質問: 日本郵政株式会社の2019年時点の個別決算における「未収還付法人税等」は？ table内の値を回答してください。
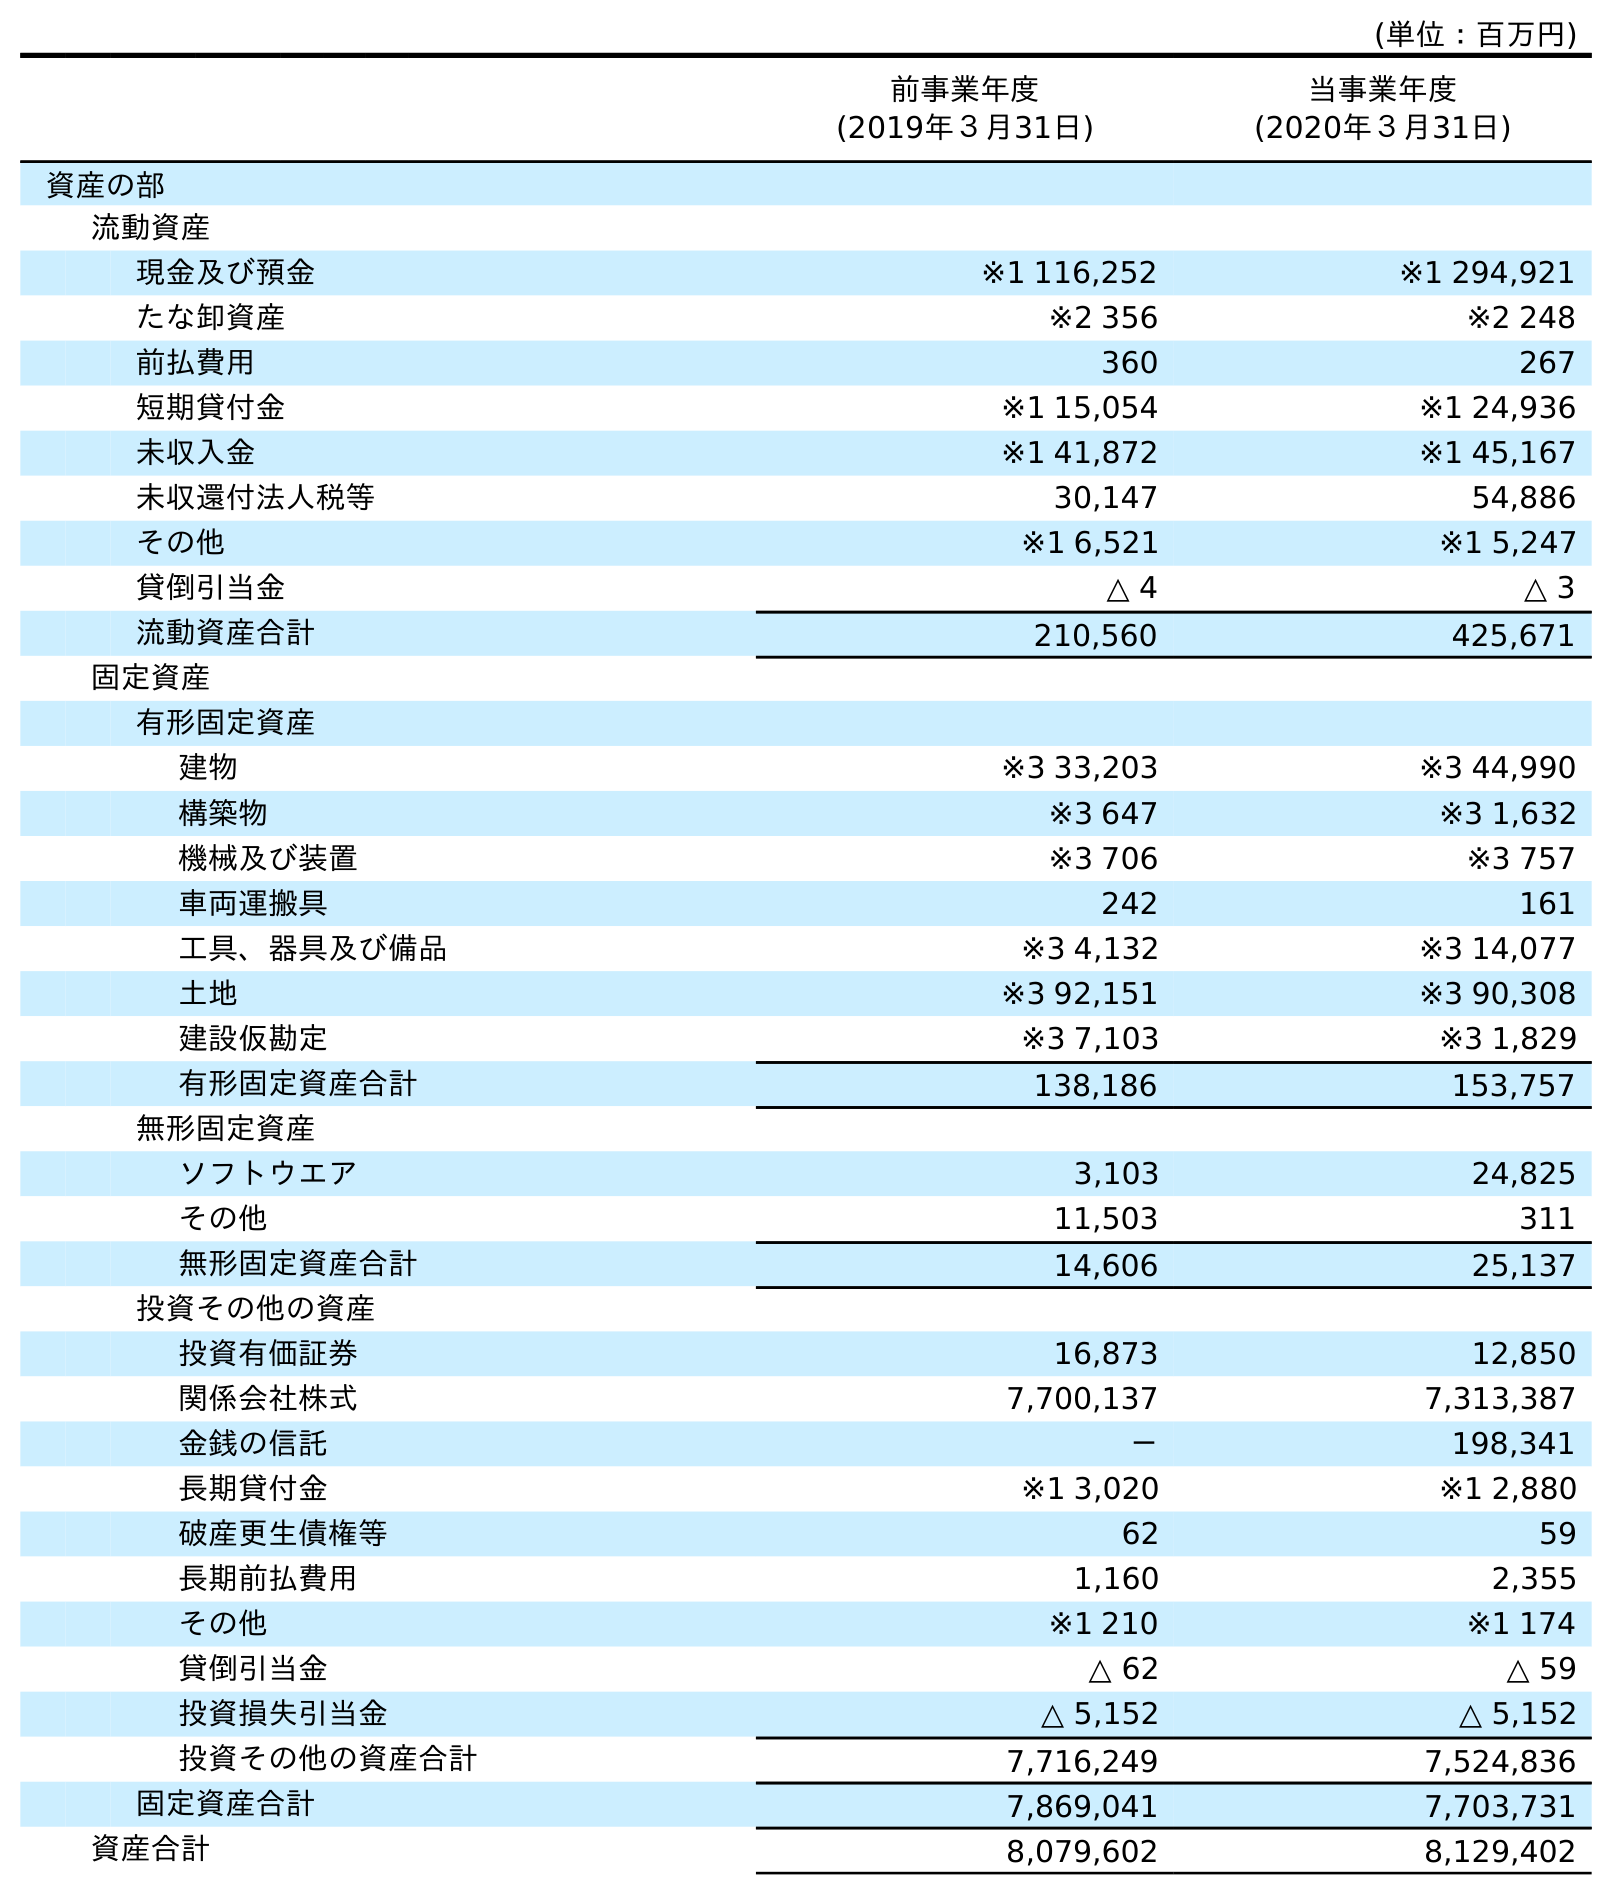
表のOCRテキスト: (単位：百万円) 前事業年度 (2019年３月31日) 当事業年度 (2020年３月31日) 資産の部 流動資産 現金及び預金 ※1 116,252 ※1 294,921 たな卸資産 ※2 356 ※2 248 前払費用 360 267 短期貸付金 ※1 15,054 ※1 24,936 未収入金 ※1 41,872 ※1 45,167 未収還付法人税等 30,147 54,886 その他 ※1 6,521 ※1 5,247 貸倒引当金 △ 4 △ 3 流動資産合計 210,560 425,671 固定資産 有形固定資産 建物 ※3 33,203 ※3 44,990 構築物 ※3 647 ※3 1,632 機械及び装置 ※3 706 ※3 757 車両運搬具 242 161 工具、器具及び備品 ※3 4,132 ※3 14,077 土地 ※3 92,151 ※3 90,308 建設仮勘定 ※3 7,103 ※3 1,829 有形固定資産合計 138,186 153,757 無形固定資産 ソフトウエア 3,103 24,825 その他 11,503 311 無形固定資産合計 14,606 25,137 投資その他の資産 投資有価証券 16,873 12,850 関係会社株式 7,700,137 7,313,387 金銭の信託 － 198,341 長期貸付金 ※1 3,020 ※1 2,880 破産更生債権等 62 59 長期前払費用 1,160 2,355 その他 ※1 210 ※1 174 貸倒引当金 △ 62 △ 59 投資損失引当金 △ 5,152 △ 5,152 投資その他の資産合計 7,716,249 7,524,836 固定資産合計 7,869,041 7,703,731 資産合計 8,079,602 8,129,402
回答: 30,147